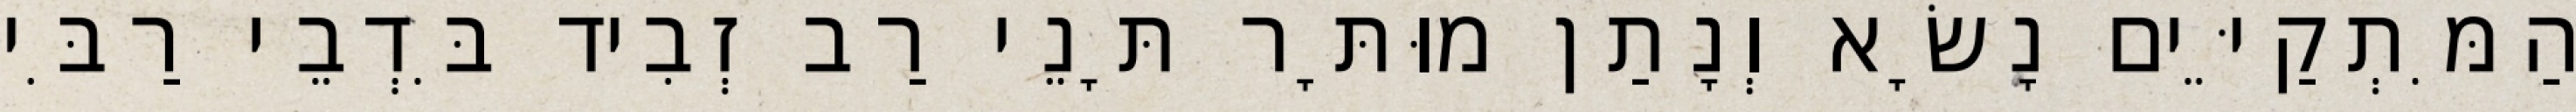
הַמִּתְקַיֵּים נָשָׂא וְנָתַן מוּתָּר תָּנֵי רַב זְבִיד בִּדְבֵי רַבִּי